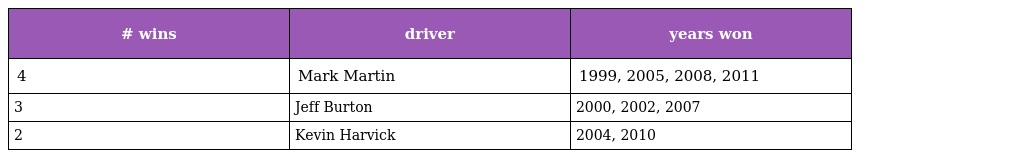
| # wins | driver | years won |
 | --- | --- | --- |
 | 4 | Mark Martin | 1999, 2005, 2008, 2011 |
 | 3 | Jeff Burton | 2000, 2002, 2007 |
 | 2 | Kevin Harvick | 2004, 2010 |